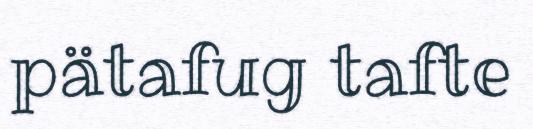
pätafug tafte